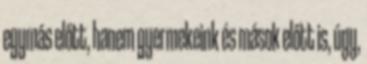
egymás előtt, hanem gyermekeink és mások előtt is, úgy,